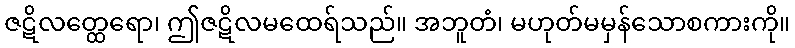
ဇဋိလတ္ထေရော၊ ဤဇဋိလမထေရ်သည်။ အဘူတံ၊ မဟုတ်မမှန်သောစကားကို။